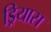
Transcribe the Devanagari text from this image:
ड्रियास